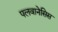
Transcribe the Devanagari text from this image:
पलवानेसिस